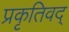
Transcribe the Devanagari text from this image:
प्रकृतिवद्